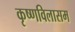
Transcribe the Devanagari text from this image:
कृष्णविलासम